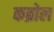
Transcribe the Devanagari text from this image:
कब्रोल